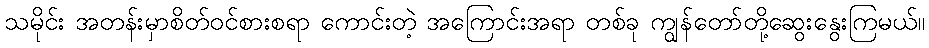
သမိုင်း အတန်းမှာစိတ်ဝင်စားစရာ ကောင်းတဲ့ အကြောင်းအရာ တစ်ခု ကျွန်တော်တို့ဆွေးနွေးကြမယ်။